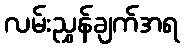
လမ်းညွှန်ချက်အရ